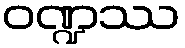
ဝဏ္ဍဿ